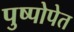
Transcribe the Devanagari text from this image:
पुष्पोपेत